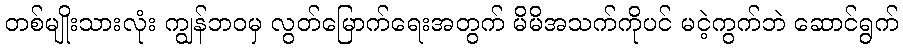
တစ်မျိုးသားလုံး ကျွန်ဘဝမှ လွတ်မြောက်ရေးအတွက် မိမိအသက်ကိုပင် မငဲ့ကွက်ဘဲ ဆောင်ရွက်